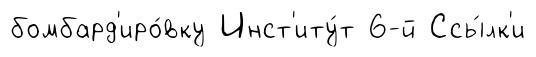
бомбард'иро́вку Инст'иту́т 6-й Ссы́лк'и